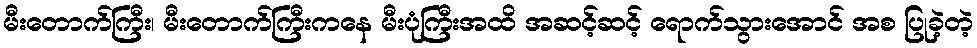
မီးတောက်ကြီး၊ မီးတောက်ကြီးကနေ မီးပုံကြီးအထိ အဆင့်ဆင့် ရောက်သွားအောင် အစ ပြုခဲ့တဲ့